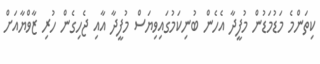
ކިތަންމެ މަޑުމަޑުން މުފީދާ އެހެން ބުނިކަމުގައިވިޔަސް މުފީދާ އާއި ޖެހިގެން ހުރި ޒާވްޔާއަށް